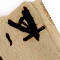
٧